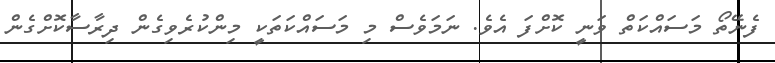
ފެނޭތޯ މަސައްކަތް ވަނީ ކޮށްފަ އެވެ. ނަމަވެސް މި މަސައްކަތަކީ މިންކުރެވިގެން ދިރާސާކޮށްގެން